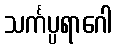
သင်္ကပ္ပရာဂေါ